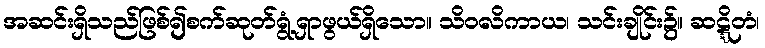
အဆင်းရှိသည်ဖြစ်၍စက်ဆုတ်ရွံ့ရှာဖွယ်ရှိသော။ သိဝလိကာယ၊ သင်းချိုင်း၌။ ဆဋ္ဋိတံ၊